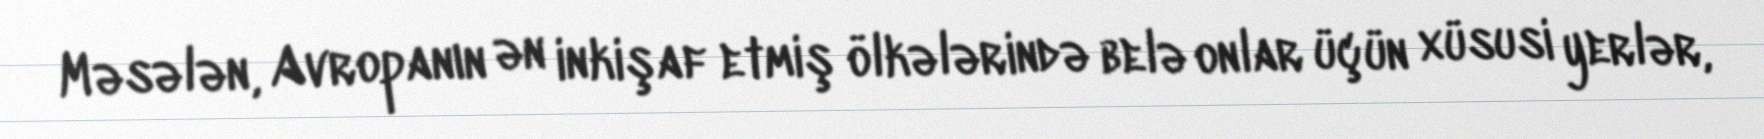
Məsələn, Avropanın ən inkişaf etmiş ölkələrində belə onlar üçün xüsusi yerlər,